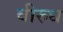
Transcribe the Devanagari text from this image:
वीरुध